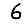
Digit: 6